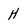
Character: H